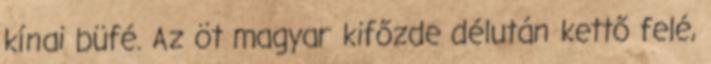
kínai büfé. Az öt magyar kifőzde délután kettő felé,